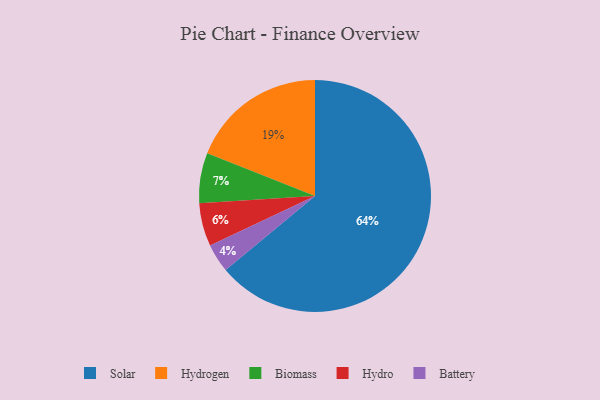
{"axis": {"x": "Category", "y": "Percentage"}, "legend": ["Battery", "Biomass", "Hydro", "Hydrogen", "Solar"], "data": [{"x": "Hydrogen", "y": 19, "type": "Hydrogen"}, {"x": "Solar", "y": 64, "type": "Solar"}, {"x": "Biomass", "y": 7, "type": "Biomass"}, {"x": "Hydro", "y": 6, "type": "Hydro"}, {"x": "Battery", "y": 4, "type": "Battery"}]}